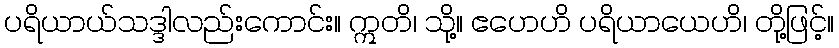
ပရိယာယ်သဒ္ဒါလည်းကောင်း။ ဣတိ၊ သို့။ ဧဟေဟိ ပရိယာယေဟိ၊ တို့ဖြင့်။